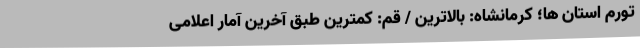
تورم استان ها؛ کرمانشاه: بالاترین / قم: کمترین طبق آخرین آمار اعلامی